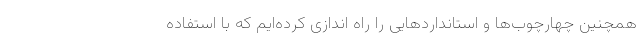
همچنین چهارچوب‌ها و استانداردهایی را راه اندازی کرده‌ایم که با استفاده